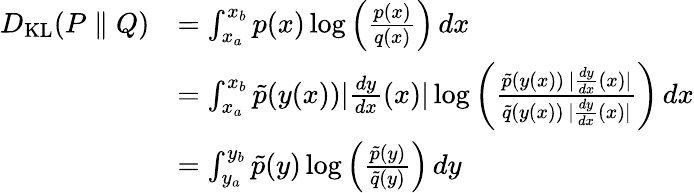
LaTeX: {\begin{array}{rl}{D_{\mathrm{KL}}(P\parallel Q)}&{=\int_{x_{a}}^{x_{b}}p(x)\log\left({\frac{p(x)}{q(x)}}\right)\, dx}\\ &{=\int_{x_{a}}^{x_{b}}{\tilde{p}}(y(x))|{\frac{dy}{dx}}(x)|\log\left({\frac{{\tilde{p}}(y(x))\, |{\frac{dy}{dx}}(x)|}{{\tilde{q}}(y(x))\, |{\frac{dy}{dx}}(x)|}}\right)\, dx}\\ &{=\int_{y_{a}}^{y_{b}}{\tilde{p}}(y)\log\left({\frac{{\tilde{p}}(y)}{{\tilde{q}}(y)}}\right)\, dy}\end{array}}